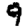
Digit: 9